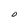
Character: O